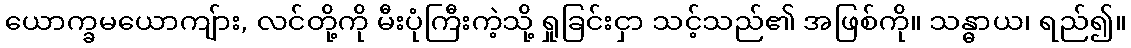
ယောက္ခမယောကျ်ား, လင်တို့ကို မီးပုံကြီးကဲ့သို့ ရှုခြင်းငှာ သင့်သည်၏ အဖြစ်ကို။ သန္ဓာယ၊ ရည်၍။